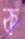
ক